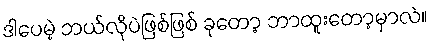
ဒါပေမဲ့ ဘယ်လိုပဲဖြစ်ဖြစ် ခုတော့ ဘာထူးတော့မှာလဲ။